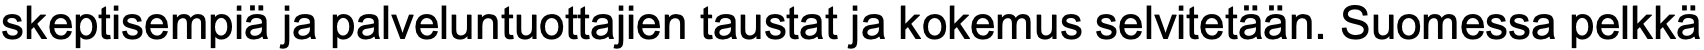
skeptisempiä ja palveluntuottajien taustat ja kokemus selvitetään. Suomessa pelkkä